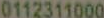
0112311000